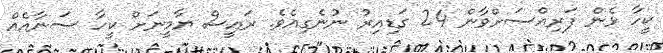
ކީހާ ޅެން ފަރިއްސަށްވާން 24 ގަޑިއިރު ނުނެގިއެވެ. ރައީސް ޔާމީނަށް ކީހާ ސަނާއެއް